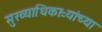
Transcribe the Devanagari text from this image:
मुख्याधिकाऱ्यांच्या